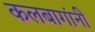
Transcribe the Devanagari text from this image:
कलबागांनी